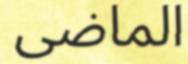
الماضى